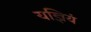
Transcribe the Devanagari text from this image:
यज्ञियं